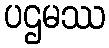
ပဌမဿ